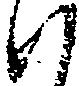
ハ